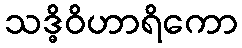
သဒ္ဓိဝိဟာရိကော